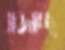
বাজাচ্ছি